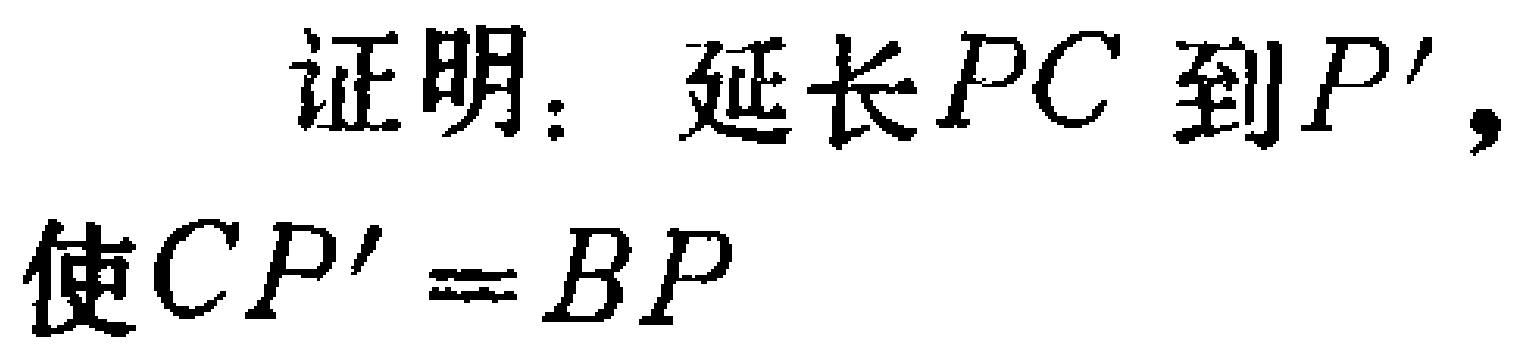
证明：延长 \(PC\) 到 \(P'\)，使 \(CP' = BP\)